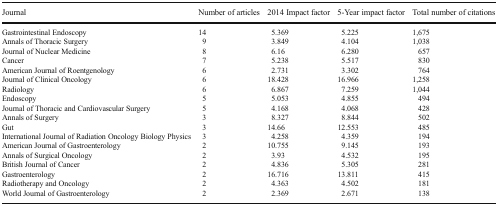
<table><thead><tr><td><b>Journal</b></td><td><b>Number of articles</b></td><td><b>2014 Impact factor</b></td><td><b>5-Year impact factor</b></td><td><b>Total number of citations</b></td></tr></thead><tbody><tr><td>Gastrointestinal Endoscopy</td><td>14</td><td>5.369</td><td>5.225</td><td>1,675</td></tr><tr><td>Annals of Thoracic Surgery</td><td>9</td><td>3.849</td><td>4.104</td><td>1,038</td></tr><tr><td>Journal of Nuclear Medicine</td><td>8</td><td>6.16</td><td>6.280</td><td>657</td></tr><tr><td>Cancer</td><td>7</td><td>5.238</td><td>5.517</td><td>830</td></tr><tr><td>American Journal of Roentgenology</td><td>6</td><td>2.731</td><td>3.302</td><td>764</td></tr><tr><td>Journal of Clinical Oncology</td><td>6</td><td>18.428</td><td>16.966</td><td>1,258</td></tr><tr><td>Radiology</td><td>6</td><td>6.867</td><td>7.259</td><td>1,044</td></tr><tr><td>Endoscopy</td><td>5</td><td>5.053</td><td>4.855</td><td>494</td></tr><tr><td>Journal of Thoracic and Cardiovascular Surgery</td><td>5</td><td>4.168</td><td>4.068</td><td>428</td></tr><tr><td>Annals of Surgery</td><td>3</td><td>8.327</td><td>8.844</td><td>502</td></tr><tr><td>Gut</td><td>3</td><td>14.66</td><td>12.553</td><td>485</td></tr><tr><td>International Journal of Radiation Oncology Biology Physics</td><td>3</td><td>4.258</td><td>4.359</td><td>194</td></tr><tr><td>American Journal of Gastroenterology</td><td>2</td><td>10.755</td><td>9.145</td><td>193</td></tr><tr><td>Annals of Surgical Oncology</td><td>2</td><td>3.93</td><td>4.532</td><td>195</td></tr><tr><td>British Journal of Cancer</td><td>2</td><td>4.836</td><td>5.305</td><td>281</td></tr><tr><td>Gastroenterology</td><td>2</td><td>16.716</td><td>13.811</td><td>415</td></tr><tr><td>Radiotherapy and Oncology</td><td>2</td><td>4.363</td><td>4.502</td><td>181</td></tr><tr><td>World Journal of Gastroenterology</td><td>2</td><td>2.369</td><td>2.671</td><td>138</td></tr></tbody></table>